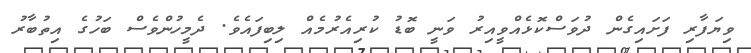
ވިޔަފާރި ފަށައިގެން ދުވަސްކޮޅެއްވީއިރު ވަނީ ބޮޑު ކުރިއެރުމެއް ލިބިފައެވެ. ދެމީހުންވެސް ބަހުގެ އިތުބާރު